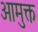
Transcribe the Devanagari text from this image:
आमुक्त